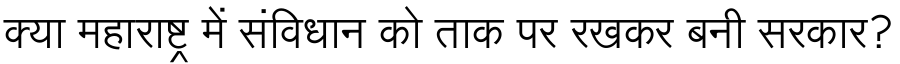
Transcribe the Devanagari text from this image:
क्या महाराष्ट्र में संविधान को ताक पर रखकर बनी सरकार?